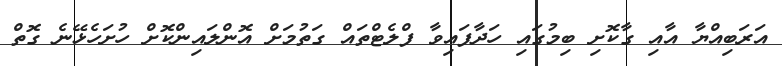
އަރަބިއްޔާ އާއި ގާކޮށި ބިމުގައި ހަދާފައިވާ ފްލެޓްތައް ގަތުމަށް އޮންލައިންކޮށް ހުށަހެޅޭނެ ގޮތް